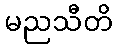
မညသီတိ